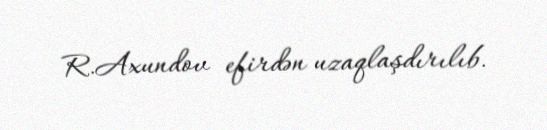
R.Axundov efirdən uzaqlaşdırılıb.